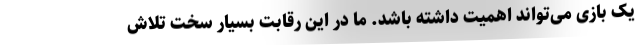
یک بازی می‌تواند اهمیت داشته باشد. ما در این رقابت بسیار سخت تلاش